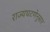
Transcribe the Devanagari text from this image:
राज्यघटणेनुसार